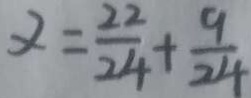
\alpha = \frac { 2 2 } { 2 4 } + \frac { 9 } { 2 4 }